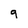
Character: q